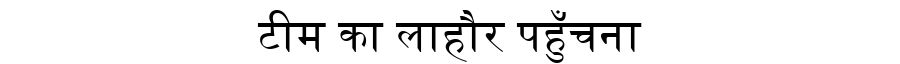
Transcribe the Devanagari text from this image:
टीम का लाहौर पहुँचना